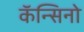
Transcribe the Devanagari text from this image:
कॅन्सिनो